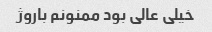
خیلی عالی بود ممنونم باروژ